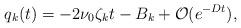
LaTeX: \begin{align*}q_k(t) = -2\nu_0 \zeta_{k} t - B_k + {\cal O} (e^{-Dt}) ,\end{align*}